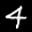
Label: 4